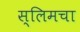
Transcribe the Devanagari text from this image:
स्लिमचा